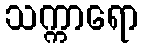
သက္ကာရော